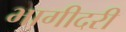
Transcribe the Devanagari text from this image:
भागीदरी